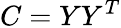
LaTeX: C=YY^{T}